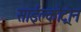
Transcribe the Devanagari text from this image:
साईक्लोट्रोन